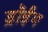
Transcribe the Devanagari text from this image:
ड्रॉईंग